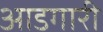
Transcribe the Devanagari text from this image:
आडगारी